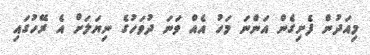
މިއަދުން ފެށިގެން އަންނަ މަހު އެއް ވަނަ ދުވަހުގެ ނިޔަލަށް އެ ރޭހުގައި